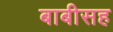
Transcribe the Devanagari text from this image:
बाबीसह